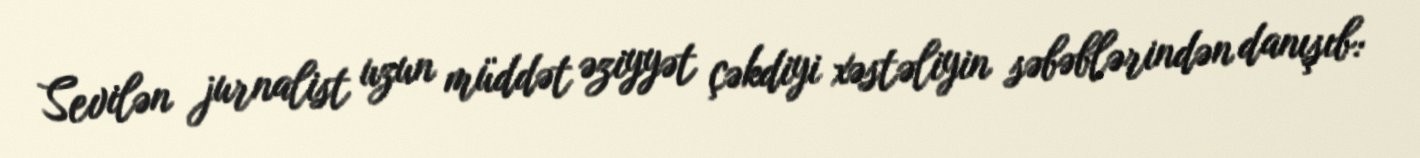
Sevilən jurnalist uzun müddət əziyyət çəkdiyi xəstəliyin səbəblərindən danışıb: